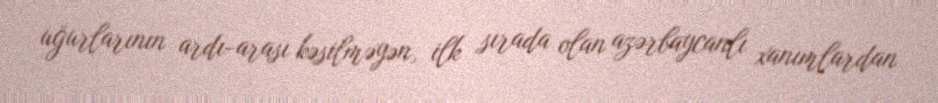
uğurlarının ardı-arası kəsilməyən, ilk sırada olan azərbaycanlı xanımlardan